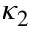
\kappa _ { 2 }